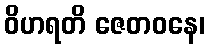
ဝိဟရတိ ဇေတဝနေ၊